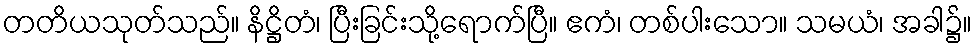
တတိယသုတ်သည်။ နိဋ္ဌိတံ၊ ပြီးခြင်းသို့ရောက်ပြီ။ ဧကံ၊ တစ်ပါးသော။ သမယံ၊ အခါ၌။